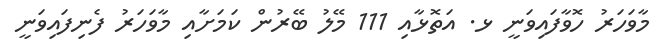
މާވަހަރު ހޮވާފައިވަނީ ޅ. އަތޮޅާއި 111 މޭލު ބޭރުން ކަމަށާއި މާވަހަރު ފެނިފައިވަނީ